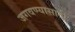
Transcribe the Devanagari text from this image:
जगवण्यासाठी